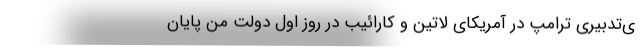
ی‌تدبیری ترامپ در آمریکای لاتین و کارائیب در روز اول دولت من پایان